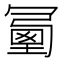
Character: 𠖜